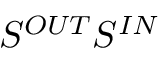
S ^ { O U T } S ^ { I N }